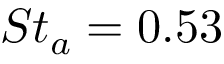
S t _ { a } = 0 . 5 3